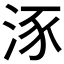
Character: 𣵠